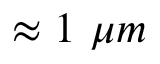
\approx 1 ~ \mu m